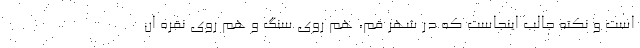
است و نکته جالب اینجاست که در شهر قم، هم روی سنگ و هم روی نقره ان